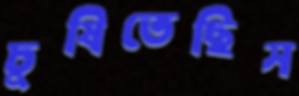
চুষিতেছিস